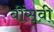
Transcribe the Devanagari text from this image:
बींसवी